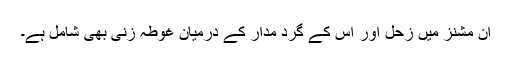
ان مشنز میں زحل اور اُس کے گرد مدار کے درمیان غوطہ زنی بھی شامل ہے۔